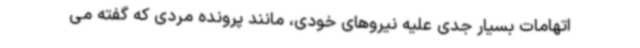
اتهامات بسیار جدی علیه نیروهای خودی، مانند پرونده مردی که گفته می